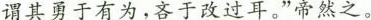
谓其勇于有为，吝于改过耳。”帝然之。